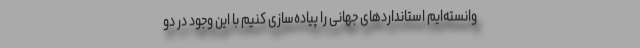
وانسته‌ایم استانداردهای جهانی را پیاده‌سازی کنیم با این وجود در دو